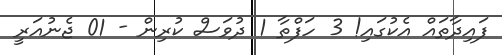
ފައިދާތައް އެކުގައި! 3 ހަފްތާ 1 ދުވަސް ކުރިން - 01 ޖެނުއަރީ